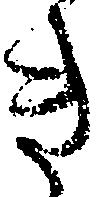
き